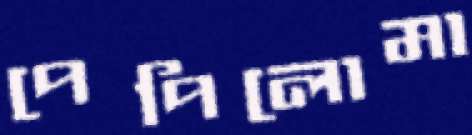
পেপিলোমা